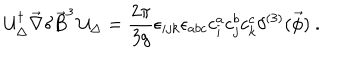
{ \cal U } _ { \Delta } ^ { \dagger } \vec { \nabla } \delta \vec { B } ^ { 3 } \, { \cal U } _ { \Delta } = \frac { 2 \pi } { 3 g } \epsilon _ { i j k } \epsilon _ { a b c } c _ { i } ^ { a } c _ { j } ^ { b } c _ { k } ^ { c } \delta ^ { ( 3 ) } ( \vec { \phi } ) \ .